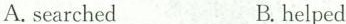
A. searched B. helped